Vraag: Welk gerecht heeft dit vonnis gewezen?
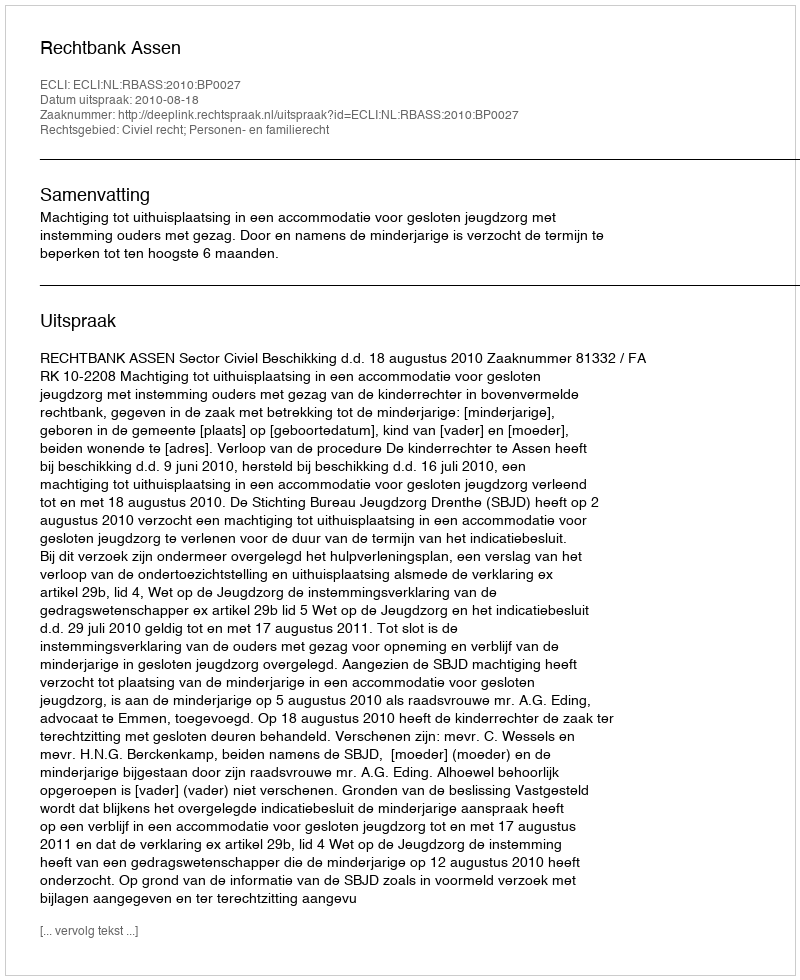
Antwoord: Rechtbank Assen